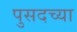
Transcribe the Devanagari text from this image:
पुसदच्या